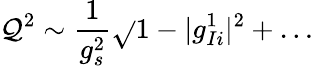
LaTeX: \mathcal{Q}^{2}\sim\frac{{1}}{{g_{s}^{2}}}\sqrt{}{{1-|g_{Ii}^{1}|^{2}+\dots}}